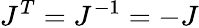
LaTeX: J^{T}=J^{-1}=-J